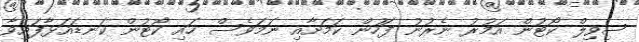
ސިވިލް ކޯޓުން އަމުރު ނެރުނު ފަހުން ކަމަށާއި ނަމަވެސް ހައި ކޯޓުން ކަނޑައަޅާފައިވާ